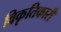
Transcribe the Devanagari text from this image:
विकृतिकारी